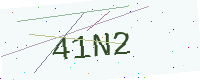
Text: 41N2